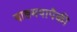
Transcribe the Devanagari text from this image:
वाङमयापैकी